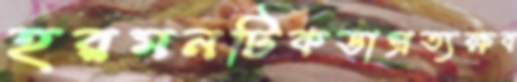
হরমনটিকডাপ্রত্যক্ষব